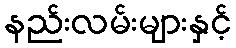
နည်းလမ်းများနှင့်